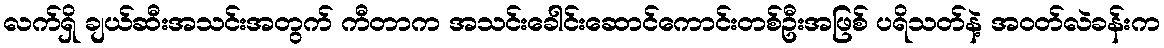
လက်ရှိ ချယ်ဆီးအသင်းအတွက် ကီတာက အသင်းခေါင်းဆောင်ကောင်းတစ်ဦးအဖြစ် ပရိသတ်နဲ့ အဝတ်လဲခန်းက